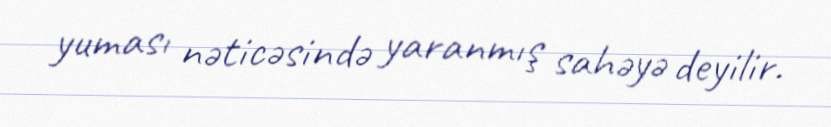
yuması nəticəsində yaranmış sahəyə deyilir.